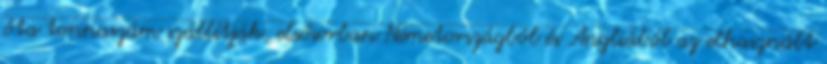
óta tonnaszám szállítják, elsősorban Németországból és Angliából az elhasznált